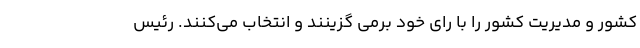
کشور و مدیریت کشور را با رای خود برمی گزینند و انتخاب می‌کنند. رئیس